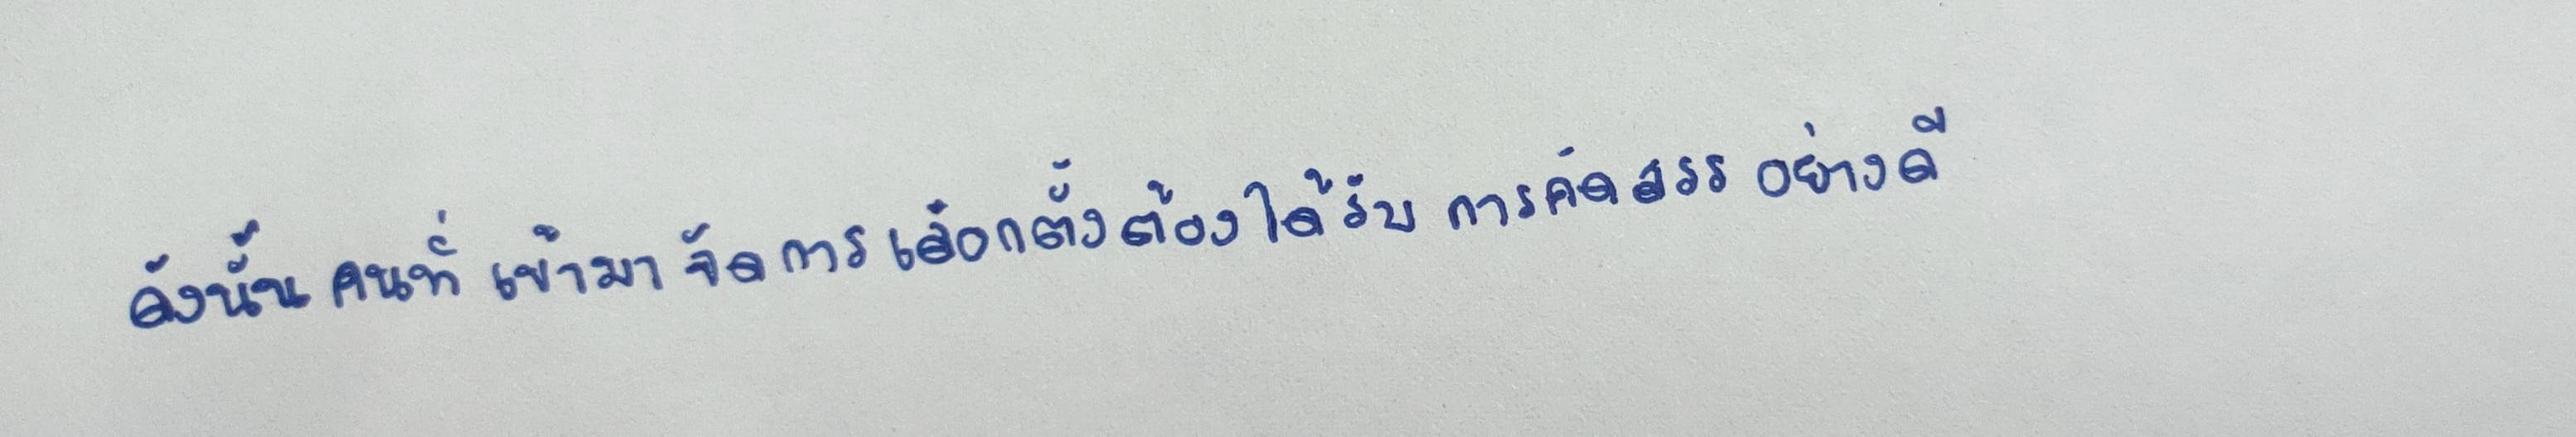
ดังนั้นคนที่เข้ามาจัดการเลือกตั้งต้องได้รับการคัดสรรอย่างดี